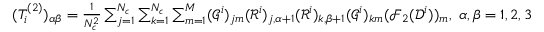
\begin{array} { r } { ( T _ { i } ^ { ( 2 ) } ) _ { \alpha \beta } = \frac { 1 } { N _ { c } ^ { 2 } } \sum _ { j = 1 } ^ { N _ { c } } \sum _ { k = 1 } ^ { N _ { c } } \sum _ { m = 1 } ^ { M } ( \mathcal G ^ { i } ) _ { j m } ( \mathcal R ^ { i } ) _ { j , \alpha + 1 } ( \mathcal R ^ { i } ) _ { k , \beta + 1 } ( \mathcal G ^ { i } ) _ { k m } ( \mathcal F _ { 2 } ( \mathcal D ^ { i } ) ) _ { m } , \ \alpha , \beta = 1 , 2 , 3 , } \end{array}